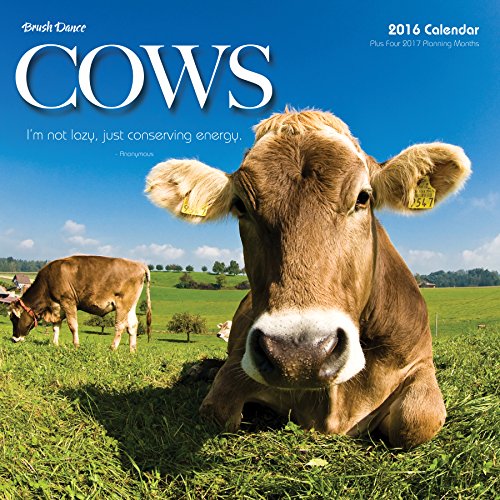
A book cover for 2016 Cows Wall Calendar; Brush Dance; Calendars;